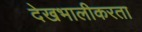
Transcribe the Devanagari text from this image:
देखभालीकरता